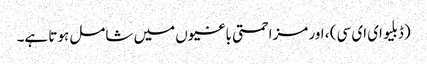
(ڈبلیو ای ای سی) ، اور مزاحمتی باغیوں میں شامل ہوتا ہے۔